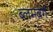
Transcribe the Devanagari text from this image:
ब्लमबर्ग